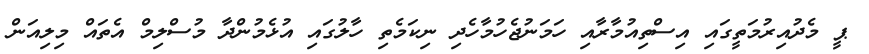
ޕީ މެދުއިރުމަތީގައި އިސްތިއުމާރާއި ހަމަނުޖެހުމާހެދި ނިކަމެތި ހާލުގައި އުޅެމުންދާ މުސްލިމް އެތައް މިލިއަން